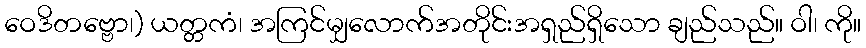
ဝေဒိတဗ္ဗော၊) ယတ္တကံ၊ အကြင်မျှလောက်အတိုင်းအရှည်ရှိသော ချည်သည်။ ဝါ၊ ကို။